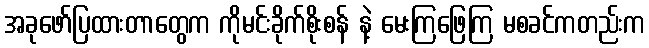
အခုဖော်ပြထားတာတွေက ကိုမင်းခိုက်စိုးစန် နဲ့ မေးကြဖြေကြ မစခင်ကတည်းက